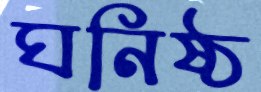
ঘনিষ্ঠ